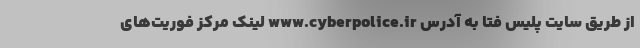
از طریق سایت پلیس فتا به آدرس www.cyberpolice.ir لینک مرکز فوریت‌های